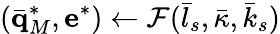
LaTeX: (\bar{\mathbf q}_{M}^{*},\mathbf e^{*})\gets\mathcal{F}(\bar{l}_{s},\bar{\kappa},\bar{k}_{s})